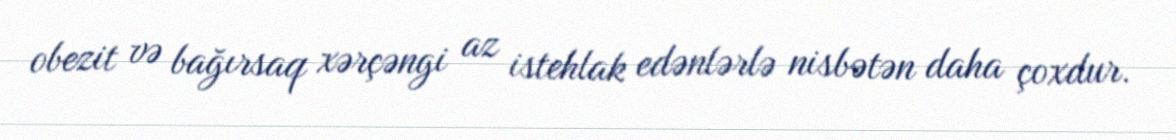
obezit və bağırsaq xərçəngi az istehlak edənlərlə nisbətən daha çoxdur.